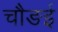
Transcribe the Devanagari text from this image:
चौङई